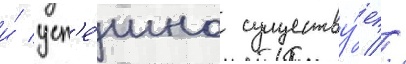
и́ усп'е́шно существу́ет //